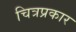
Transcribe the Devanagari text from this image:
चित्रप्रकार